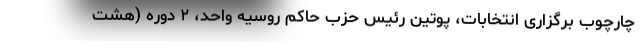
چارچوب برگزاری انتخابات، پوتین رئیس حزب حاکم روسیه واحد، ۲ دوره (هشت